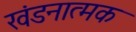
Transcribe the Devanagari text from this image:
खंडनात्मक